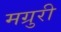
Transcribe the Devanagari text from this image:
मग्रुरी